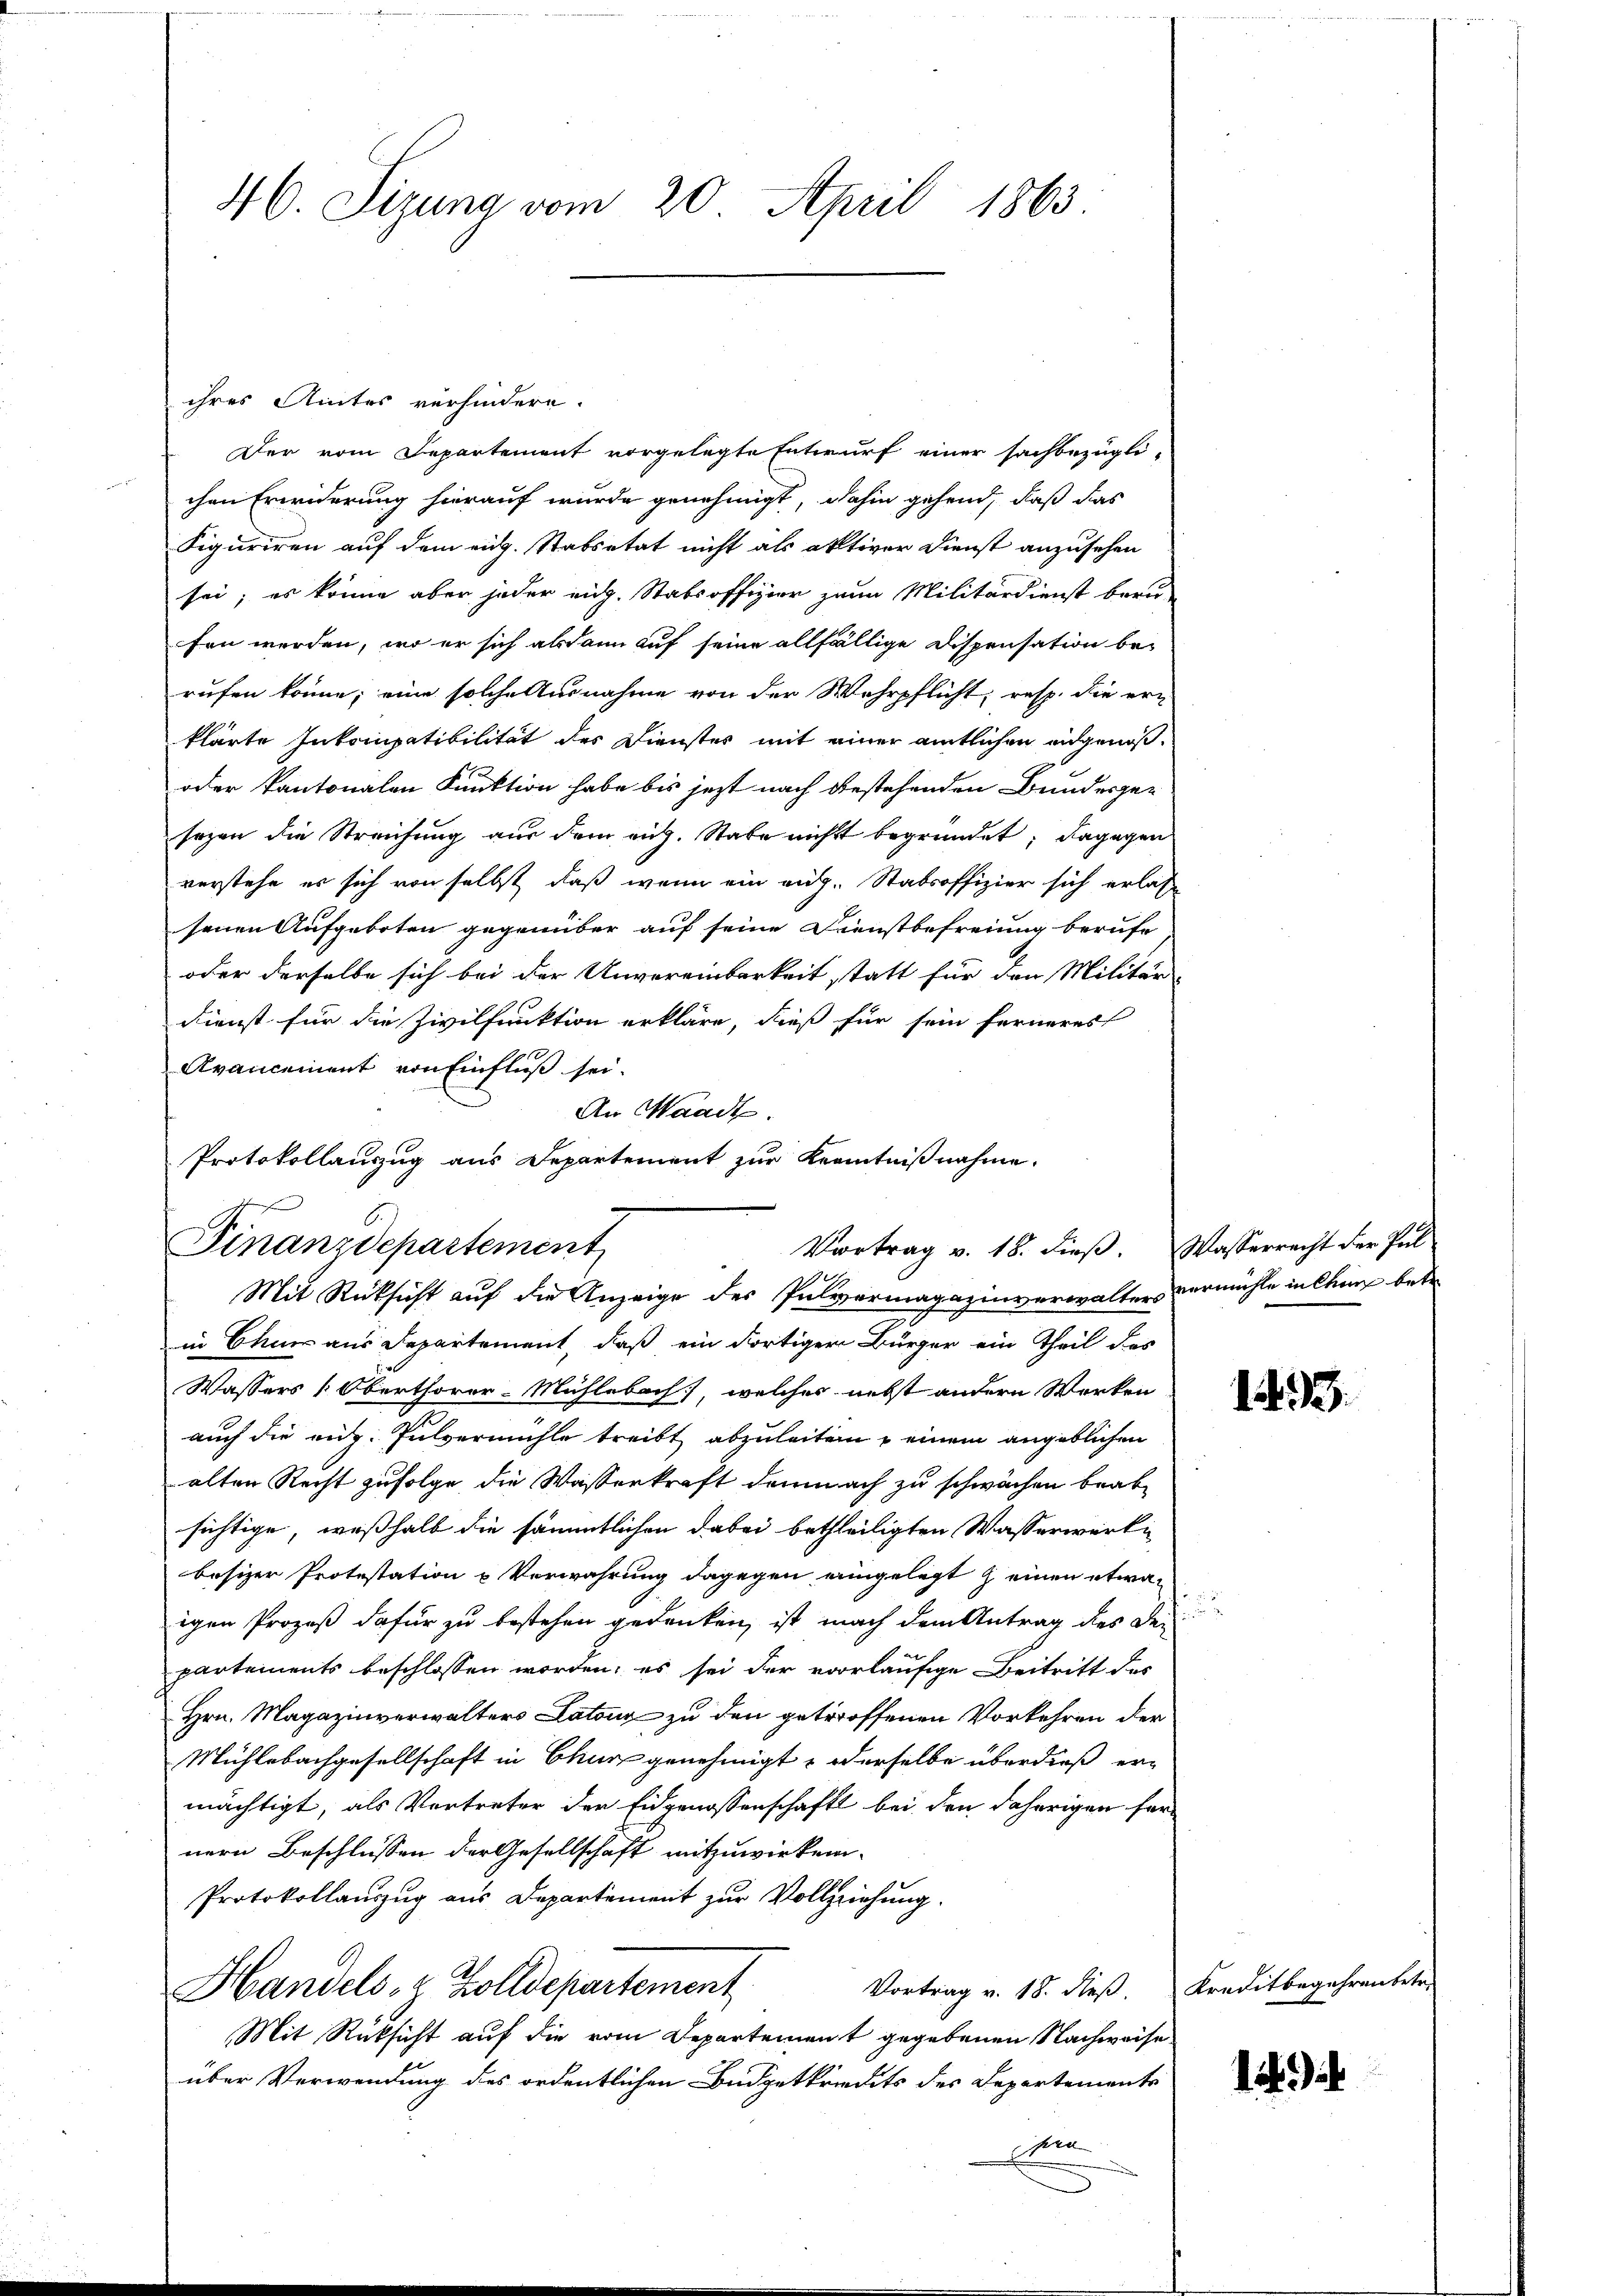
46. Sizung vom 20. April 1863

ihres Amtes verhindern.
Der vom Departement vorgelegte Entwurf einer sachbezügli-
chen Erwiderung hierauf wurde genehmigt, dahin gehend, daß das
Figuriren auf dem eidg. Stabsetat nicht als aktiver Dienst anzusehen
sei; es könne aber jeder mich. Stabsoffizier zum Militärdienst beru-
fen werden, wo er sich alsdann auf seine allfällige Dispensation berufen könne; eine solche Ausnahme von der Wehrpflicht, resp. die ern
klärte Inkompatibilität des Dienstes mit einer amtlichen eidgenoß¬
oder kantonalen Funktion habe bis jezt nach bestehenden Bundesgesozen die Streichung aus dem aug. Stabe nicht begründet; dagegen
verstehe es sich von selbst, daß wenn ein eig. Stabsoffizier sich erlas-
senen Aufgeboten gegenüber auf seine Dienstbefreiung berufe
oder derselbe sich bei der Unvereinbarkeit statt für den Militär
Dienst für die Zivilfunktion erkläre, dieß für sein ferneres
Avancement von Einfluß sei.
An Waadt.
Protokollauszug aus Departement zur Kenntnißnahme.

Finanzdepartement
Vortrag v. 18. dieβ. Wasserrecht der Pul
10
Mit Rücksicht auf die Anzeige des Pulvermagazinverwalters vermühle in Chun betr

in Chur aus Departement, daß ein dortiger Bürger ein Theil des
Wassers [Oberthorer-Mühlebach, welches nebst andern Werken
auch die enz. Pulvermühle treibt abzuleiten u einem angeblichen
alten Recht zufolge die Wasserkraft demnach zu schwächen beab-
sichtige, weßhalb die sämmtlichen dabei betheiligten Wasserwerki
besizer Protestation u Verwahrung dagegen eingelegt & einen etwas
igen Prozeß dafür zu bestehen gedanken, ist nach dem Antrag des Dei
partements beschlossen worden; es sei der vorläufige Beitritt des
Hrn. Magazinverwalters Latons zu den getroffenen Vorkehren der
Mühlebachgesellschaft in Chur genehmigt, derselbe überdieß ermächtigt, als Vortreter der Eidgenossenschaft bei den daherigen fürnern Beschlüssen der Gesellschaft mitzuwirken-
Protokollauszug aus Departement zur Vollziehung.
Vortrag v. 18. dieß. Kreditbegehrenbetr.
Handels- & Zolldepartement
Mit Rücksicht auf die vom Departement gegebenen Nachweise
über Verwendung des ordentlichen Budgetkredits des Departements
gera

143.

1494